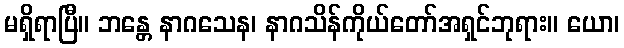
မရှိရာပြီ။ ဘန္တေ နာဂသေန၊ နာဂသိန်ကိုယ်တော်အရှင်ဘုရား။ ယော၊